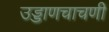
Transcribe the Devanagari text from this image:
उड्डाणचाचणी